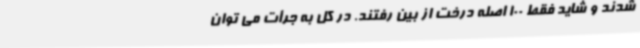
شدند و شاید فقط 100 اصله درخت از بین رفتند. در کل به جرأت می توان